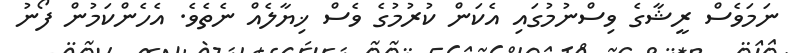
ނަމަވެސް ރީޝާގެ ވިސްނުމުގައި އެކަން ކުުރުމުގެ ވެސް ޚިޔާލެއް ނެތެވެ. އެހެންކަމުން ފޯނު